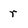
Character: r